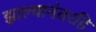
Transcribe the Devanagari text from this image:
झाल्यानंतरहि